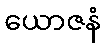
ယောဇနံ